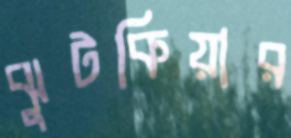
ঝুটকিয়ার